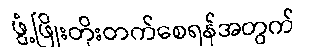
ဖွံ့ဖြိုးတိုးတက်စေရန်အတွက်